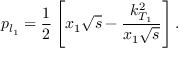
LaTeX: { p } _ { l _ { 1 } } = { \frac { 1 } { 2 } } \left[ { x } _ { 1 } { \sqrt s } - { \frac { { k } _ { T _ { 1 } } ^ { 2 } } { { x } _ { 1 } { \sqrt { s } } } } \right] .